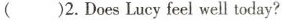
()2.DoesLucy feel well today?